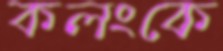
কলংকে